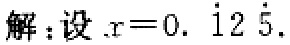
解：设\(x = 0.\dot{1}2\dot{5}\)